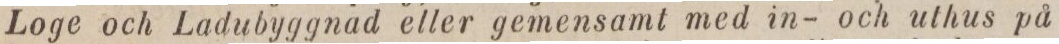
Loge och Ladubyggnad eller gemensamt med in- och uthus på